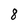
Character: 8